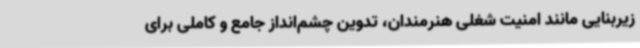
زیربنایی مانند امنیت شغلی هنرمندان، تدوین چشم‌انداز جامع و کاملی برای